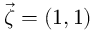
\vec { \zeta } = ( 1 , 1 )